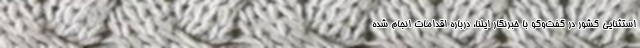
استثنایی کشور در گفت‌وگو با خبرنگار ایلنا، درباره اقدامات انجام شده